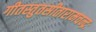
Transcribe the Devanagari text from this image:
गीतस्तुतसीतारामचन्द्रः